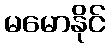
မမောနိုင်